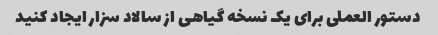
دستور العملی برای یک نسخه گیاهی از سالاد سزار ایجاد کنید